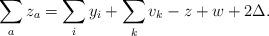
LaTeX: \begin{align*}\sum_a z_a = \sum_i y_i + \sum_k v_k - z + w +2\Delta.\end{align*}